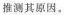
推测其原因。